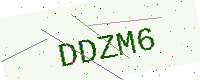
Text: DDZM6